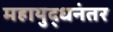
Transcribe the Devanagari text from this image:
महायुद्धनंतर